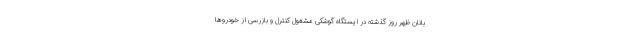
‌بانان ظهر روز گذشته در ایستگاه گوشکی مشغول کنترل و بازرسی از خودروها